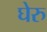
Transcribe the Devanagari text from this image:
घेरु